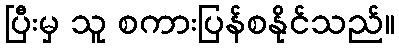
ပြီးမှ သူ စကားပြန်စနိုင်သည်။